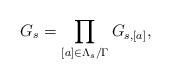
LaTeX: \begin{align*}G_s = \prod_{[a]\in \Lambda_s/\Gamma} G_{s, [a]},\end{align*}